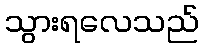
သွားရလေသည်